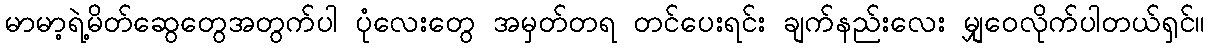
မာမာ့ရဲ့မိတ်ဆွေတွေအတွက်ပါ ပုံလေးတွေ အမှတ်တရ တင်ပေးရင်း ချက်နည်းလေး မျှဝေလိုက်ပါတယ်ရှင်။